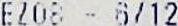
EZ08 - 6/12